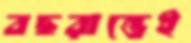
বছরান্তেই